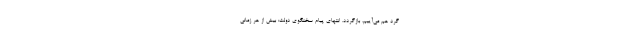
گرد هم می‌آییم، بازگردد. انتهای پیام سخنگوی دولت: بیش از هر زمانی